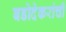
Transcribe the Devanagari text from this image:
बडोदेकरांची